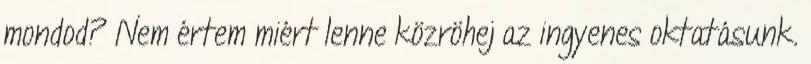
mondod? Nem értem miért lenne közröhej az ingyenes oktatásunk.